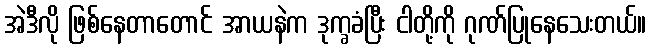
အဲဒီလို ဖြစ်နေတာတောင် အာယနဲက ဒုက္ခခံပြီး ငါတို့ကို ဂုဏ်ပြုနေသေးတယ်။